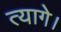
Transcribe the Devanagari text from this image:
त्यागे।